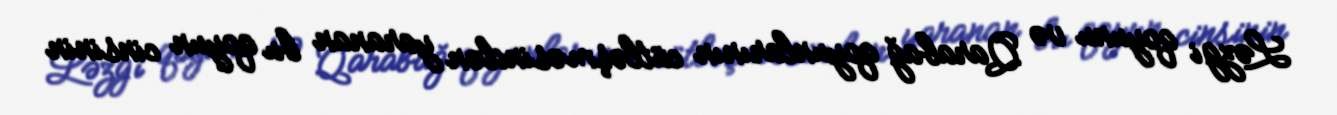
Ləzgi qoyunu və Qarabağ qoyunlarının cütləşməsindən yaranan bu qoyun cinsinin